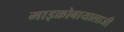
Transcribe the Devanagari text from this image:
माइक्रोबायालाजी